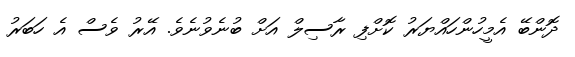
ދޮންބޭ އެމީހުންހައްޔަރު ކޮށްފި ރާސިލް އަށް ބުނެވުނެވެ. އޭރު ވެސް އެ ހަބަރު